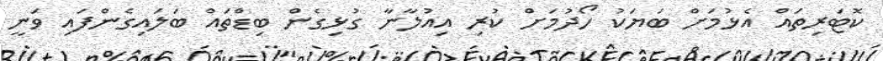
ކޮޓަރިތައް އެޅުމަށް ބަޔަކު ހޯދުމަށް ކުރި އިއުލާނާ ގުޅިގެން ބިޑްތައް ބަލައިގެންފައި ވަނީ